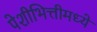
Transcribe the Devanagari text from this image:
पेशीभित्तीमध्ये